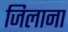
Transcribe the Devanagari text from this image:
जिलाना